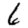
Digit: 6